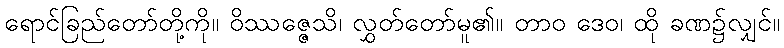
ရောင်ခြည်တော်တို့ကို။ ဝိဿဇ္ဇေသိ၊ လွှတ်တော်မူ၏။ တာဝ ဒေဝ၊ ထို ခဏ၌လျှင်။